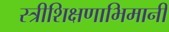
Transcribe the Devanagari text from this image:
स्त्रीशिक्षणाभिमानी